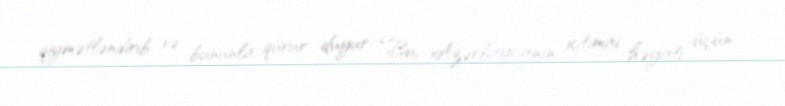
qiymətləndirib və bununla qürur duyur: “Bu, Azərbaycanın ictimai həyatı üçün